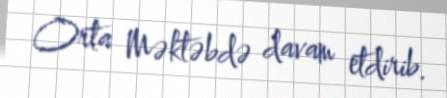
Orta Məktəbdə davam etdirib.